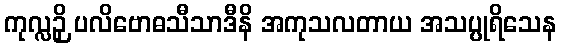
ကုလ္လဉှိ ပလိဗောဓသီသာဒီနိ အကုသလတာယ အသပ္ပုရိသေန